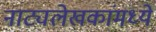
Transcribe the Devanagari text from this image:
नाट्यलेखकांमध्ये